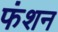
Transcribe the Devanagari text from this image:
फंशन